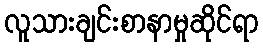
လူသားချင်းစာနာမှုဆိုင်ရာ